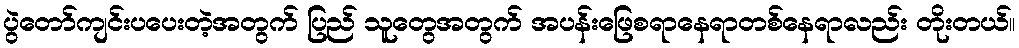
ပွဲတော်ကျင်းပပေးတဲ့အတွက် ပြည် သူတွေအတွက် အပန်းဖြေစရာနေရာတစ်နေရာလည်း တိုးတယ်။